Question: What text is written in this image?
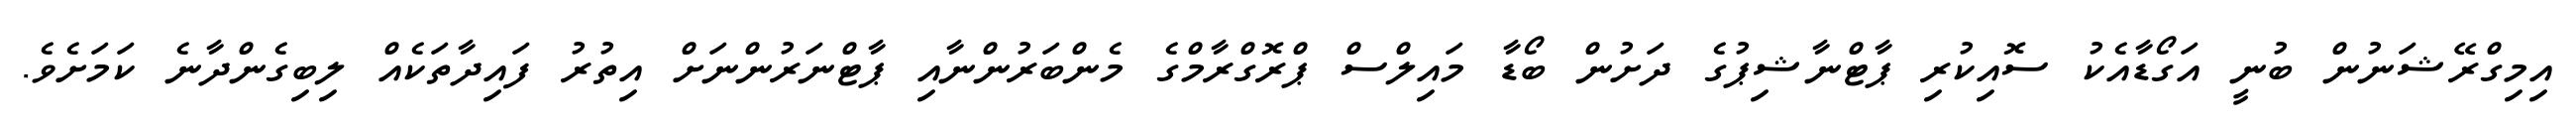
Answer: އިމިގްރޭޝަނުން ބުނީ އަގޯޑާއެކު ސޮއިކުރި ޕާޓްނާޝިޕުގެ ދަށުން ބޯޑާ މައިލްސް ޕްރޮގްރާމްގެ މެންބަރުންނާއި ޕާޓްނަރުންނަށް އިތުރު ފައިދާތަކެއް ލިބިގެންދާނެ ކަމަށެވެ.